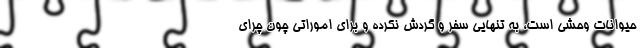
حیوانات وحشی است، به تنهایی سفر و گردش نکرده و برای اموراتی چون چرای